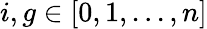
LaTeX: {i,g}\in[0,1,...,n]